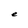
Character: e